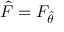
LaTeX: { \hat { F } } = F _ { \hat { \theta } }